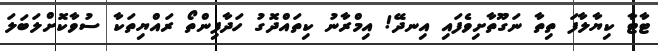
ޓާޓާ ކިޔާލާފަ ތިތާ ނަގޫތާށިވެފައި އިނދޭ! އިމްރާނު ކިތައްދޮގު ހަދާފިންތޯ ރައްޔިތަކާ ސުވާކޮށްލަބަލަ